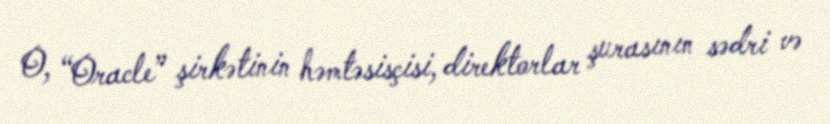
O, “Oracle” şirkətinin həmtəsisçisi, direktorlar şurasının sədri və